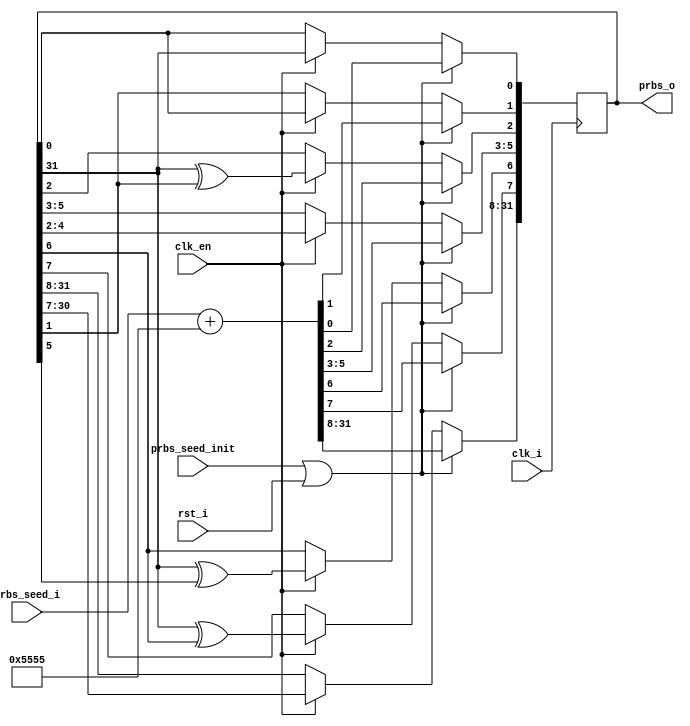
module data_prbs_gen_1 #
  (
    parameter TCQ           = 100,
    parameter EYE_TEST   = "FALSE",
    parameter PRBS_WIDTH = 32,                                                                       
    parameter SEED_WIDTH = 32    
   )
  (
   input           clk_i,
   input           clk_en,
   input           rst_i,
   input           prbs_seed_init,  
   input [PRBS_WIDTH - 1:0]  prbs_seed_i,
   output  [PRBS_WIDTH - 1:0]  prbs_o     
  );
reg [PRBS_WIDTH - 1 :0] prbs;  
reg [PRBS_WIDTH :1] lfsr_q;
integer i;
always @ (posedge clk_i)
begin
   if (prbs_seed_init && EYE_TEST == "FALSE"  || rst_i )  
      begin
          lfsr_q <= #TCQ  {prbs_seed_i + 32'h5555};
      end
   else   if (clk_en) begin
        lfsr_q[32:9] <= #TCQ  lfsr_q[31:8];
        lfsr_q[8]    <= #TCQ  lfsr_q[32] ^ lfsr_q[7];
        lfsr_q[7]    <= #TCQ  lfsr_q[32] ^ lfsr_q[6];
        lfsr_q[6:4]  <= #TCQ  lfsr_q[5:3];
        lfsr_q[3]    <= #TCQ  lfsr_q[32] ^ lfsr_q[2];
        lfsr_q[2]    <= #TCQ  lfsr_q[1] ;
        lfsr_q[1]    <= #TCQ  lfsr_q[32];
         end
end
always @ (lfsr_q[PRBS_WIDTH:1]) begin
       prbs = lfsr_q[PRBS_WIDTH:1];
end
assign prbs_o = prbs;
endmodule